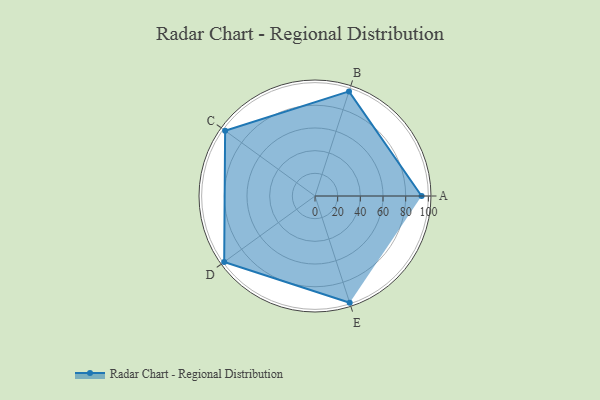
{"axis": {"x": "Skill", "y": "Score"}, "legend": ["Profile"], "data": [{"x": "A", "y": 94.0, "type": "Profile"}, {"x": "B", "y": 97.0, "type": "Profile"}, {"x": "C", "y": 98.0, "type": "Profile"}, {"x": "D", "y": 99, "type": "Profile"}, {"x": "E", "y": 99, "type": "Profile"}]}